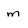
Character: m